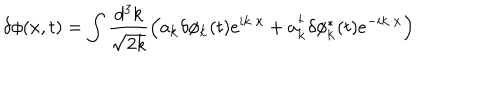
LaTeX: \delta \phi ( x , t ) = \int \frac { d ^ { 3 } k } { \sqrt { 2 k } } \left( a _ { \bf k } \delta \phi _ { \bf k } ( t ) e ^ { i { \bf k } \cdot { \bf x } } + a _ { \bf k } ^ { \dagger } \delta \phi _ { \bf k } ^ { * } ( t ) e ^ { - i { \bf k } \cdot { \bf x } } \right)